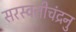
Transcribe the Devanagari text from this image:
सरस्वतीचंद्रनु